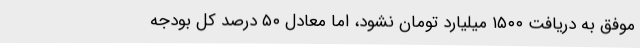
موفق به دریافت ۱۵۰۰ میلیارد تومان نشود، اما معادل ۵۰ درصد کل بودجه